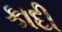
કાદી